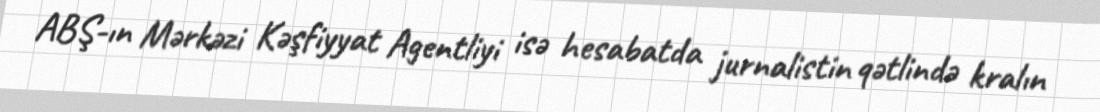
ABŞ-ın Mərkəzi Kəşfiyyat Agentliyi isə hesabatda jurnalistin qətlində kralın